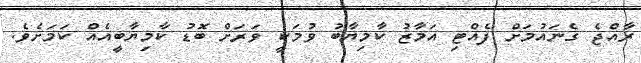
ރާއްޖެ ގެނައުމަށް ފެއްޓި އަމާޒު ކާމިޔާބު ވުމަކީ ވަރަށް ބޮޑު ކާމިޔާބީއެއް ކަމަށެވެ.